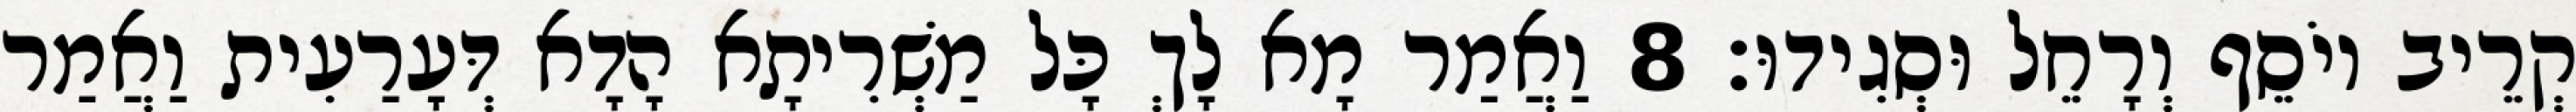
קְרֵיב יוֹסֵף וְרָחֵל וּסְגִידוּ׃ 8 וַאֲמַר מָא לָךְ כָּל מַשְׁרִיתָא הָדָא דְּעָרַעִית וַאֲמַר